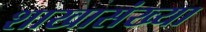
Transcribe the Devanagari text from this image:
शाखासंख्या